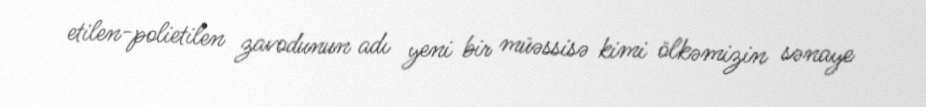
etilen-polietilen zavodunun adı yeni bir müəssisə kimi ölkəmizin sənaye